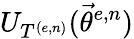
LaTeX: U_{T^{(e,n)}}(\vec{\theta}^{e,n})